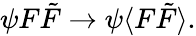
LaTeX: \psi F{\tilde{F}}\rightarrow\psi\langle F{\tilde{F}}\rangle.